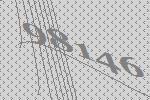
98146